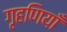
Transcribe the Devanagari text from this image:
गृहणियाँ